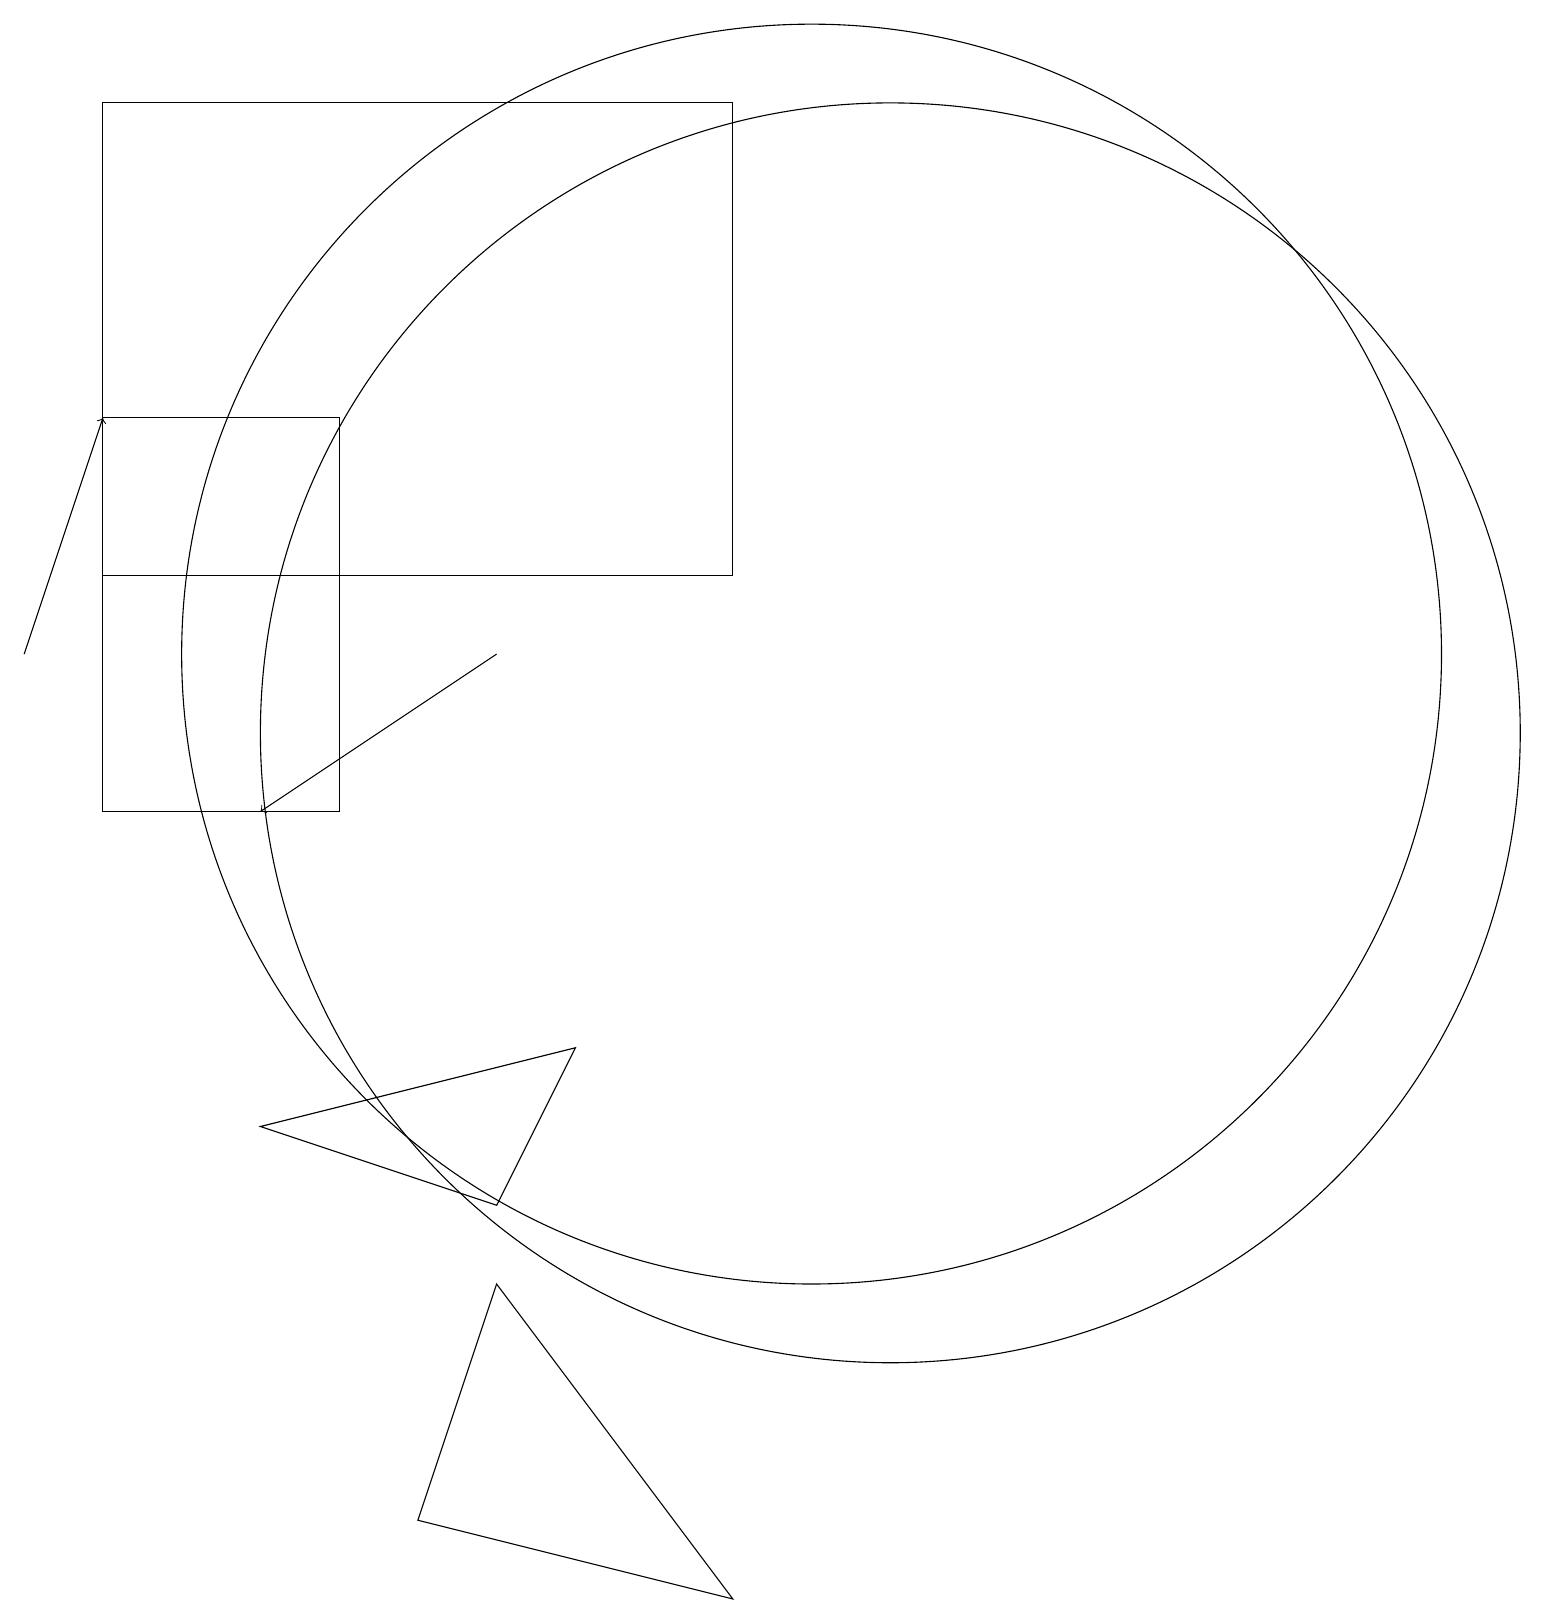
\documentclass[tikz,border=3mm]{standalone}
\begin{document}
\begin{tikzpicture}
\draw (9,13) rectangle (1,19);
\draw (5,1) -- (9,0) -- (6,4) -- cycle;
\draw (11,11) circle (8);
\draw (4,10) rectangle (1,15);
\draw[->] (6,12) -- (3,10);
\draw[->] (0,12) -- (1,15);
\draw (3,6) -- (7,7) -- (6,5) -- cycle;
\draw (10,12) circle (8);
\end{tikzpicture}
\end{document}